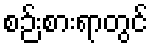
စဉ်းစားရာတွင်